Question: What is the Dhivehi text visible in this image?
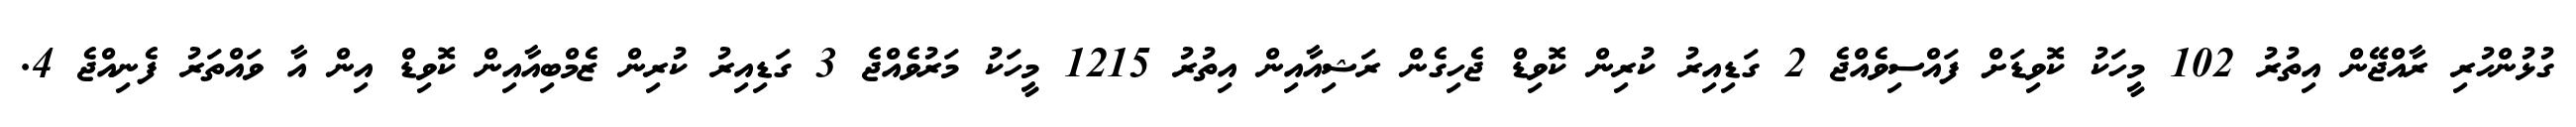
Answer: ގުޅުންހުރި ރާއްޖޭން އިތުރު 102 މީހަކު ކޮވިޑަށް ފައްސިވެއްޖެ 2 ގަޑިއިރު ކުރިން ކޮވިޑް ޖެހިގެން ރަޝިއާއިން އިތުރު 1215 މީހަކު މަރުވެއްޖެ 3 ގަޑިއިރު ކުރިން ޒެމްބިއާއިން ކޮވިޑް އިން އާ ވައްތަރު ފެނިއްޖެ 4.